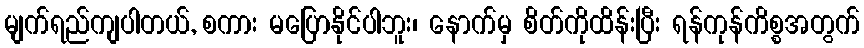
မျက်ရည်ကျပါတယ်, စကား မပြောနိုင်ပါဘူး၊ နောက်မှ စိတ်ကိုထိန်းပြီး ရန်ကုန်ကိစ္စအတွက်